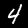
Label: 4